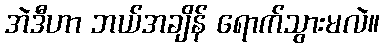
အဲဒီဟာ ဘယ်အချိန် ရောက်သွားမလဲ။